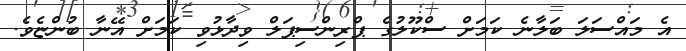
އެ މައްސަލަ ބަލާނެ ކަމަށް ސްކޫލުގެ ޕްރިންސިޕަލް ވިދާޅުވި ކަމަށް އޭނާ ބުންޏެވެ.